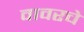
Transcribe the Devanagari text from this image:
वावरचे